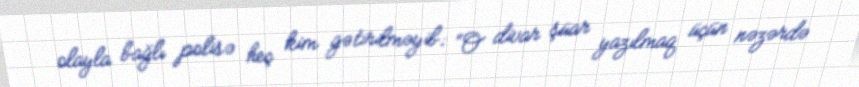
olayla bağlı polisə heç kim gətirilməyib: “O divar şüar yazılmaq üçün nəzərdə